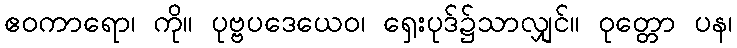
ဧဝကာရော၊ ကို။ ပုဗ္ဗပဒေယေဝ၊ ရှေးပုဒ်၌သာလျှင်။ ဝုတ္တော ပန၊